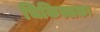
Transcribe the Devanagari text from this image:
चिकित्सकः